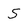
Character: S